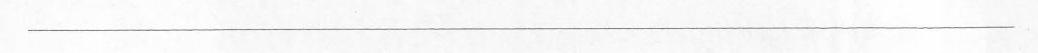
___